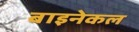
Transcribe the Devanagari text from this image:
बाइनेकल